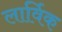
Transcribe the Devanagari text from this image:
लार्विक